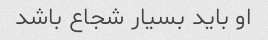
او باید بسیار شجاع باشد